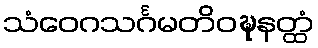
သံဝေဂသင်္ဂမတိဝဍ္ဎနတ္ထံ